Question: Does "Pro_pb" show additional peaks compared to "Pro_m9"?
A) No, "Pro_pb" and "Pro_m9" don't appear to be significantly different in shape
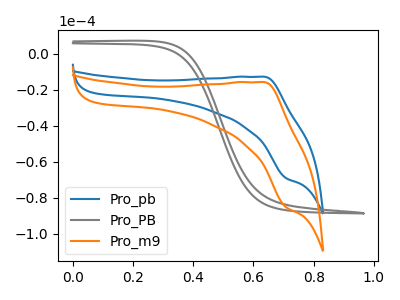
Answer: <think>The blue curve "Pro_pb" has an anodic peak at (0.65V, -12.75uA) and a cathodic peak at (0.70V, -69.05uA). The gray curve "Pro_PB" has no peaks. The orange curve "Pro_m9" has an anodic peak at (0.65V, -15.75uA) and a cathodic peak at (0.70V, -85.25uA).
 All the peaks in "Pro_pb" have a peak in "Pro_m9" at the same potential.</think>
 <answer>A) No, "Pro_pb" and "Pro_m9" don't appear to be significantly different in shape</answer>
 <eval>A</eval>